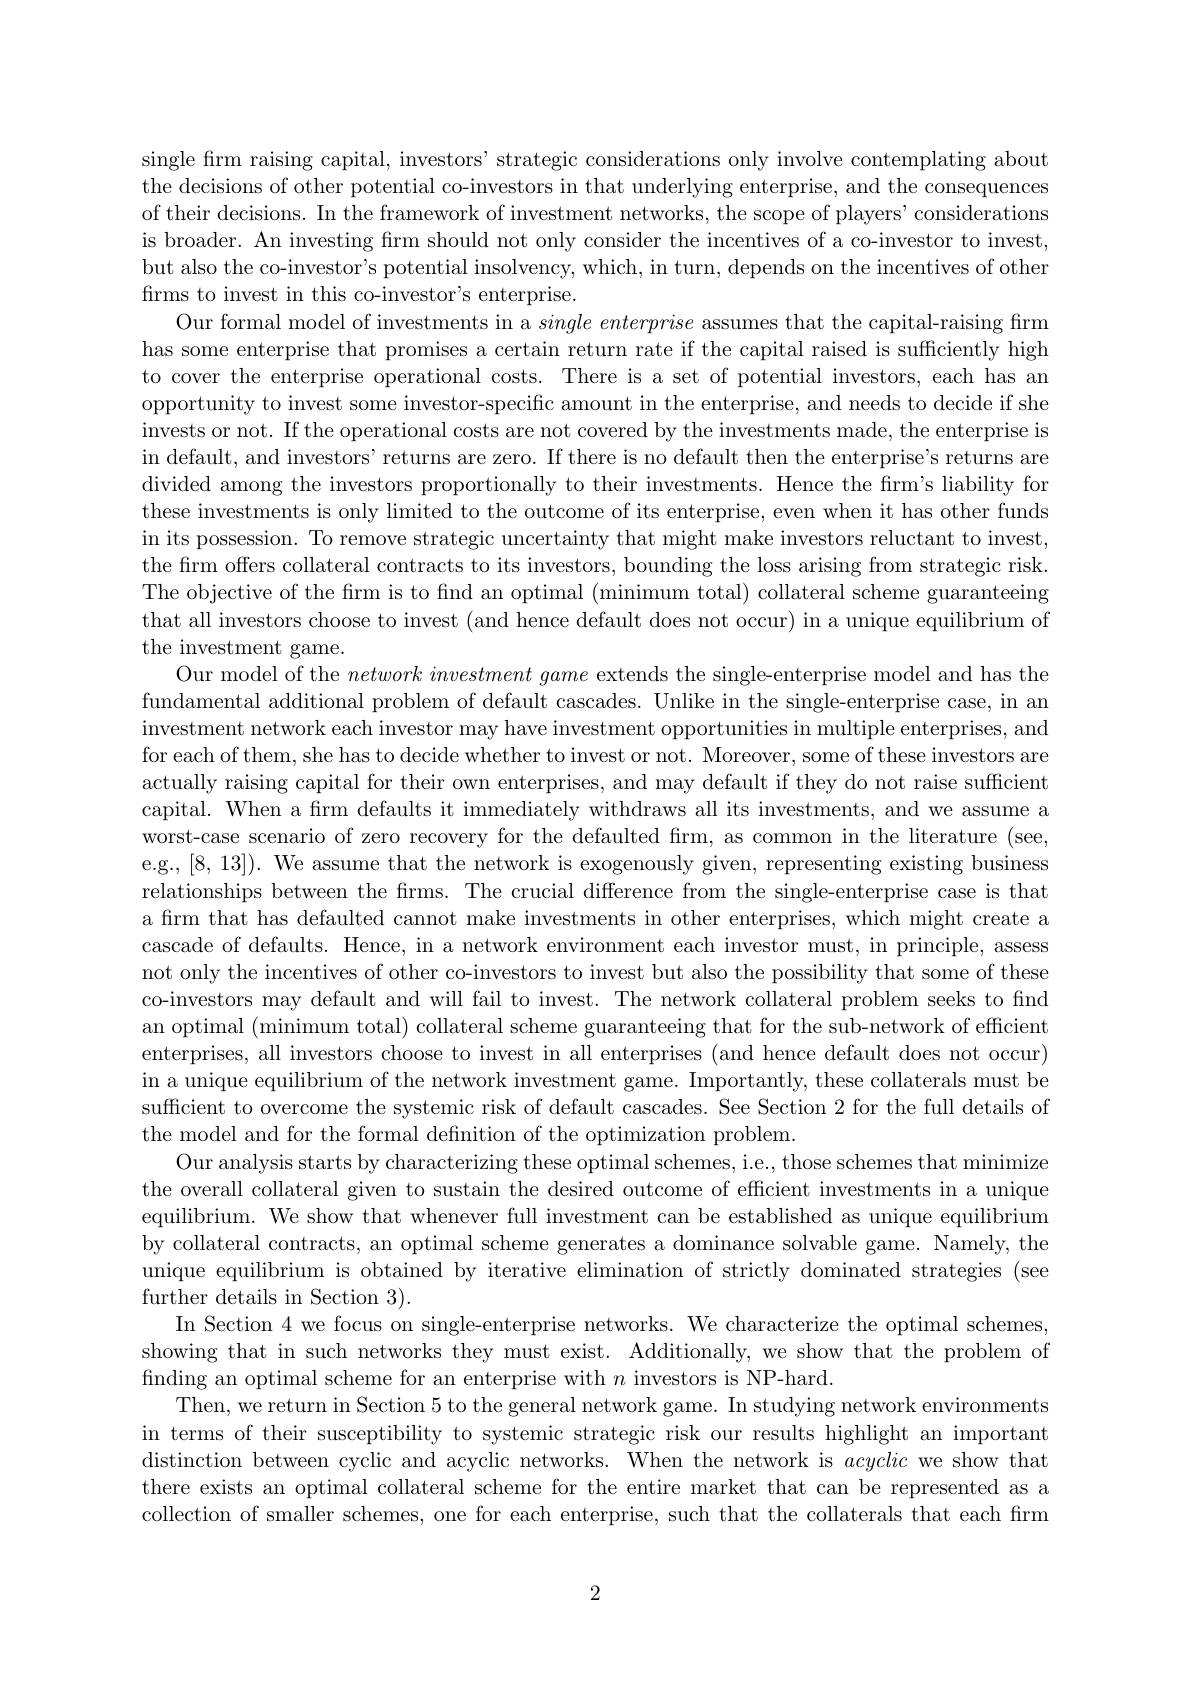
single firm raising capital, investors' strategic considerations only involve contemplating about the decisions of other potential co-investors in that underlying enterprise, and the consequences of their decisions. In the framework of investment networks, the scope of players' considerations is broader. An investing frm should not only consider the incentives of a co-investor to invest, but also the co-investor's potential insolvency, which, in turn, depends on the incentives of other firms to invest in this co-investor's enterprise.
Our formal model of investments in a $single\textit{ enterprise assumes that the capital- raising fı rm}$ has some enterprise that promises a certain return rate if the capital raised is sufficiently high to cover the enterprise operational costs. There is a set of potential investors, each has an opportunity to invest some investor-specific amount in the enterprise, and needs to decide if she invests or not. If the operational costs are not covered by the investments made, the enterprise is in default, and investors' returns are zero. If there is no default then the enterprise's returns are divided among the investors proportionally to their investments. Hence the firm's liability for these investments is only limited to the outcome of its enterprise, even when it has other funds in its possession. To remove strategic uncertainty that might make investors reluctant to invest, the firm offers collateral contracts to its investors, bounding the loss arising from strategic risk. The objective of the frm is to find an optimal (minimum total) collateral scheme guaranteeing that all investors choose to invest (and hence default does not occur) in a unique equilibrium of the investment game.
Our model of the $networkinvestment\textit{game extends the single- enterprise model and has the}$ fundamental additional problem of default cascades. Unlike in the single-enterprise case, in an investment network each investor may have investment opportunities in multiple enterprises, and for each of them, she has to decide whether to invest or not. Moreover, some of these investors are actually raising capital for their own enterprises, and may default if they do not raise sufficient capital. When a frm defaults it immediately withdraws all its investments, and we assume a worst-case scenario of zero recovery for the defaulted firm, as common in the literature (see, e.g., [8,13]). We assume that the network is exogenously given, representing existing business relationships between the firms. The crucial difference from the single-enterprise case is that a firm that has defaulted cannot make investments in other enterprises, which might create a cascade of defaults. Hence, in a network environment each investor must, in principle, assess not only the incentives of other co-investors to invest but also the possibility that some of these co-investors may default and will fail to invest. The network collateral problem seeks to find an optimal (minimum total) collateral scheme guaranteeing that for the sub-network of efficient enterprises, all investors choose to invest in all enterprises (and hence default does not occur) in a unique equilibrium of the network investment game. Importantly, these collaterals must be sufficient to overcome the systemic risk of default cascades. See Section 2 for the full details of the model and for the formal definition of the optimization problem.
Our analysis starts by characterizing these optimal schemes, i.e., those schemes that minimize the overall collateral given to sustain the desired outcome of efficient investments in a unique equilibrium. We show that whenever full investment can be established as unique equilibrium by collateral contracts, an optimal scheme generates a dominance solvable game. Namely, the unique equilibrium is obtained by iterative elimination of strictly dominated strategies (see further details in Section 3).
In Section 4 we focus on single-enterprise networks. We characterize the optimal schemes, showing that in such networks they must exist. Additionally, we show that the problem of finding an optimal scheme for an enterprise with $n$ investors is NP-hard.
Then, we return in Section 5 to the general network game. In studying network environments in terms of their susceptibility to systemic strategic risk our results highlight an important distinction between cyclic and acyclic networks. When the network is acyclic we show that there exists an optimal collateral scheme for the entire market that can be represented as a collection of smaller schemes, one for each enterprise, such that the collaterals that each firm

2